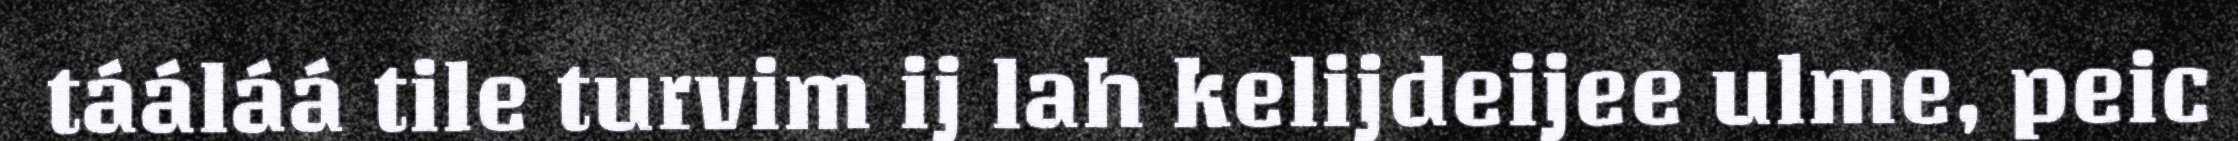
tááláá tile turvim ij lah kelijdeijee ulme, peic